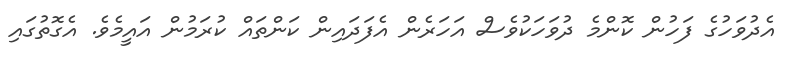
އެދުވަހުގެ ފަހުން ކޮންމެ ދުވަހަކުވެސް އަހަރެން އެފަދައިން ކަންތައް ކުރަމުން އައީމެވެ. އެގޮތުގައި